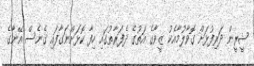
ޝީރީން ދަރިފުޅަށް ގޮވާލުމާއެކު ޒީވާގެ އަތުގެ ދެފަރާތުގައި ހިފާ ކޮޅަށްނަގާފައި ގެނެސް އޭނާގެ